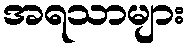
အရသာများ